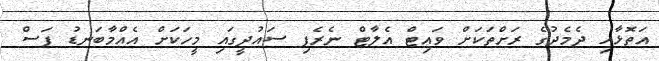
އަތޮޅާއި ދެމެދުގެ ރަށްތަކަށް ވައިޓް އެލާޓް ނެރެފި ސައުދީގައި މީހަކަށް އެއްމާބަނޑު ފަސް